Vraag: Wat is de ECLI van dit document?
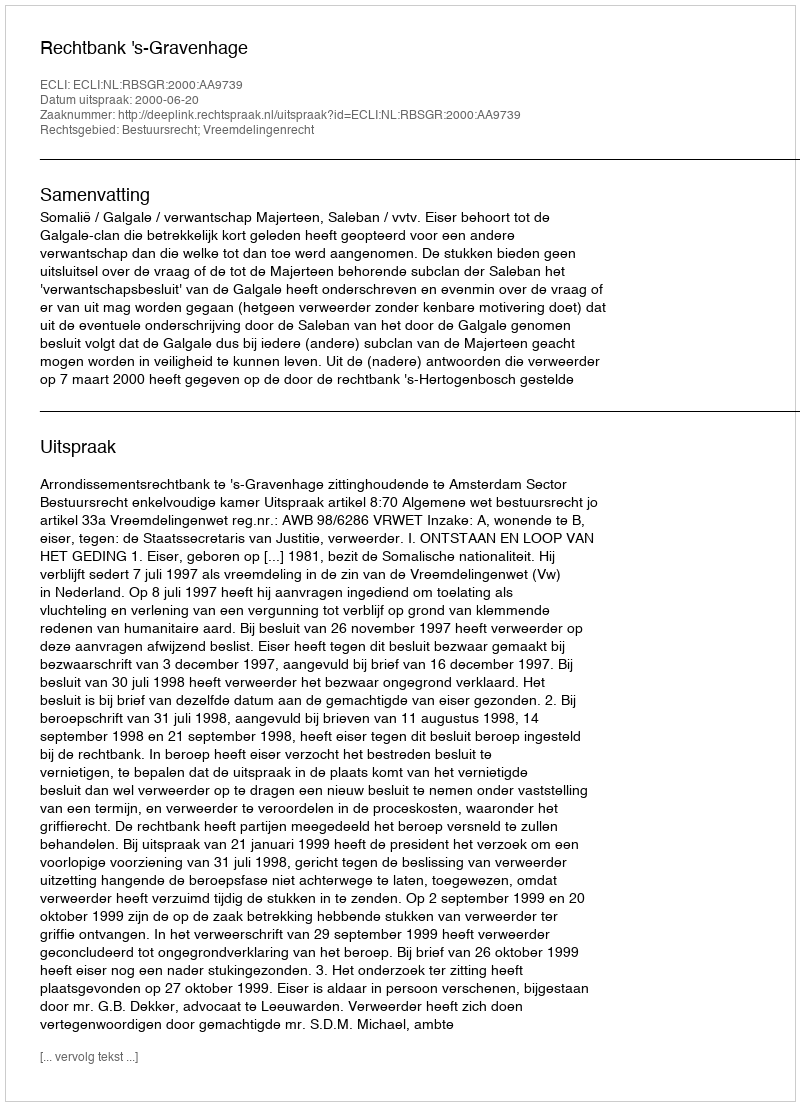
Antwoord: ECLI:NL:RBSGR:2000:AA9739